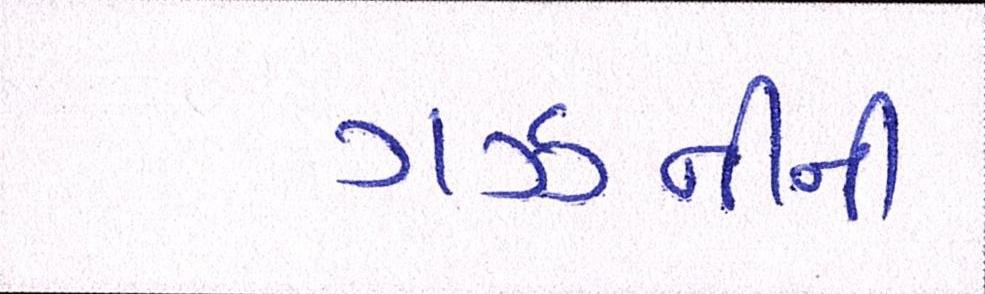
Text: ગઝનીની